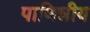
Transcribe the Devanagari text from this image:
पाणिन्नीय